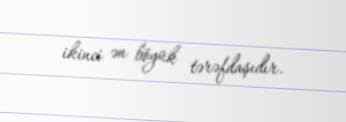
ikinci ən böyük tərəfdaşıdır.